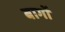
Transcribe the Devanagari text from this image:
बागोँ